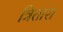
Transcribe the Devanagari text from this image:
त्रितारा